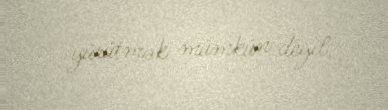
yürütmək mümkün deyil.